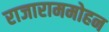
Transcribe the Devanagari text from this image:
राजाराममोहन